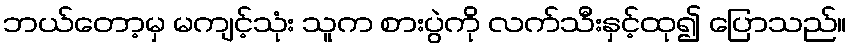
ဘယ်တော့မှ မကျင့်သုံး သူက စားပွဲကို လက်သီးနှင့်ထု၍ ပြောသည်။